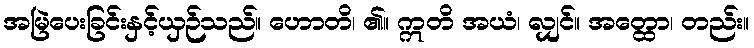
အမြဲပေးခြင်းနှင့်ယှဉ်သည်။ ဟောတိ၊ ၏။ ဣတိ အယံ၊ လျှင်။ အတ္ထော၊ တည်း။